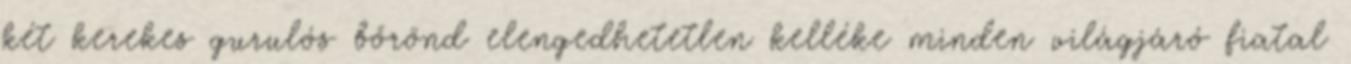
két kerekes gurulós bőrönd elengedhetetlen kelléke minden világjáró fiatal